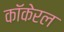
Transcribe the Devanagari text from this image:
कॉकेरल